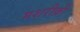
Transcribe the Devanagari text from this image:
मशरीक़ी